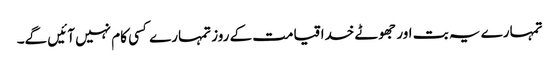
تمہارے یہ بت اور جھوٹے خدا قیامت کے روز تمہارے کسی کام نہیں آئیں گے۔